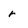
Character: r